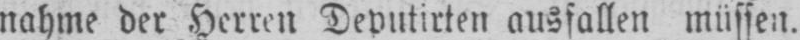
nahme der Herren Deputirten ausfallen müssen.